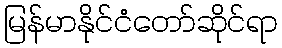
မြန်မာနိုင်ငံတော်ဆိုင်ရာ